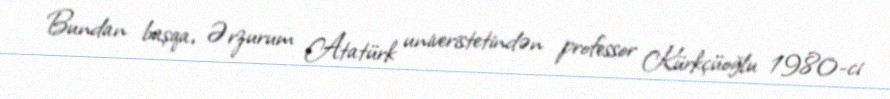
Bundan başqa, Ərzurum Atatürk univeristetindən professor Kürkçüoğlu 1980-ci